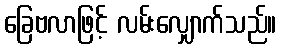
ခြေဗလာဖြင့် လမ်းလျှောက်သည်။